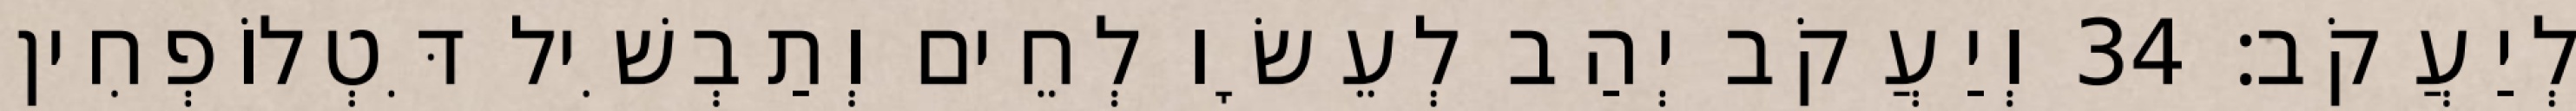
לְיַעֲקֹב׃ 34 וְיַעֲקֹב יְהַב לְעֵשָׂו לְחֵים וְתַבְשִׁיל דִּטְלוֹפְחִין